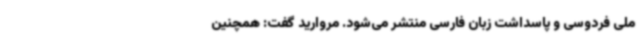
ملی فردوسی و پاسداشت زبان فارسی منتشر می‌شود. مروارید گفت: همچنین